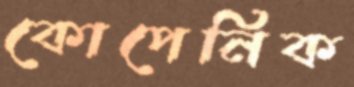
কোপেনিক